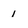
Character: 1